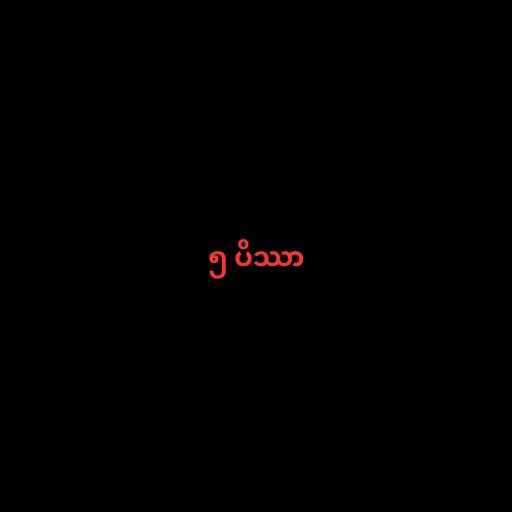
၅ ပိဿာ